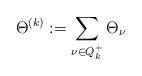
LaTeX: \begin{align*}\Theta^{(k)}:=\sum_{\nu\in Q^+_k}\Theta_\nu\end{align*}